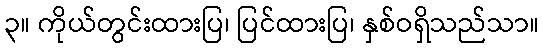
၃။ ကိုယ်တွင်းထားပြ၊ ပြင်ထားပြ၊ နှစ်ဝရှိသည်သာ။